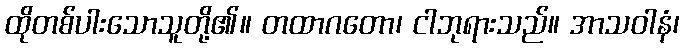
ထိုတစ်ပါးသောသူတို့၏။ တထာဂတော၊ ငါဘုရားသည်။ အာသဝါနံ၊